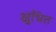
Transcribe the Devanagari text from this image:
क्षुधित